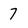
Character: 7